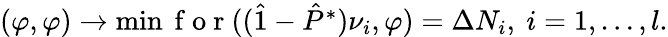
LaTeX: \begin{array}{r}{(\varphi,\varphi)\rightarrow\operatorname*{min}\mathrm{~f~o~r~}((\hat{1}-\hat{P}^{*})\nu_{i},\varphi)=\Delta N_{i},\ i=1,\ldots,l.}\end{array}